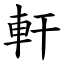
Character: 軒